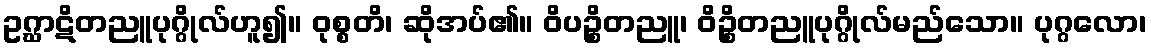
ဥဂ္ဃာဋိတညူပုဂ္ဂိုလ်ဟူ၍။ ဝုစ္စတိ၊ ဆိုအပ်၏။ ဝိပဉ္စိတညူ၊ ဝိဉ္စိတညူပုဂ္ဂိုလ်မည်သော။ ပုဂ္ဂလော၊